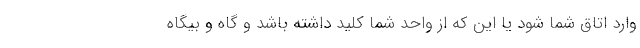
وارد اتاق شما شود یا این که از واحد شما کلید داشته باشد و گاه و بیگاه